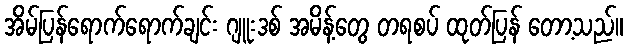
အိမ်ပြန်ရောက်ရောက်ချင်း ဂျူးဒစ် အမိန့်တွေ တရစပ် ထုတ်ပြန် တော့သည်။